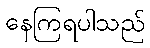
နေကြရပါသည်